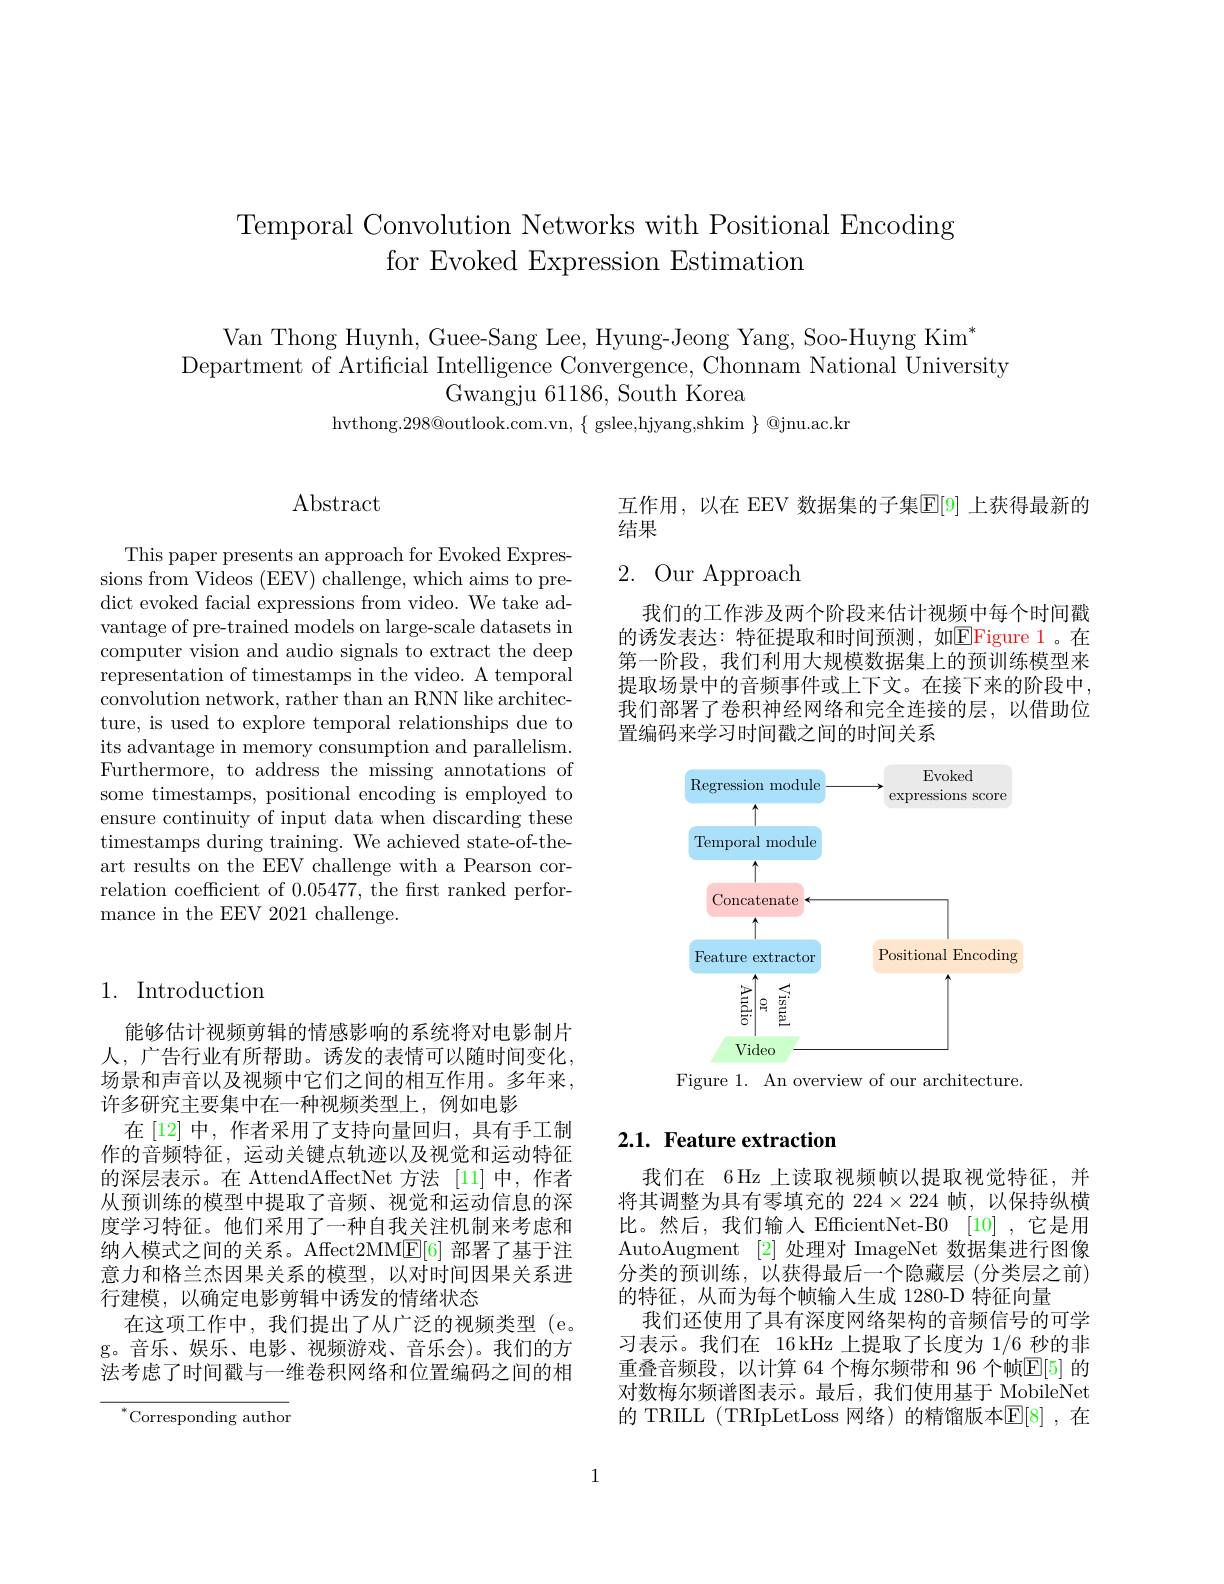
# Temporal Convolution Networks with Positional Encoding for Evoked Expression Estimation

Van Thong Huynh, Guee-Sang Lee, Hyung-Jeong Yang, Soo-Huyng Kim$^*$
Department of Artificial Intelligence Convergence, Chonnam National University
Gwangju 61186,South Korea
hvthong.298@outlook.com.vn, $\{$ gslee,hjyang,shkim $\}$ @jnu.ac.kr

## Abstract

This paper presents an approach for Evoked Expressions from Videos (EEV) challenge, which aims to predict evoked facial expressions from video. We take advantage of pre-trained models on large-scale datasets in computer vision and audio signals to extract the deep representation of timestamps in the video. A temporal convolution network, rather than an RNN like architecture, is used to explore temporal relationships due to its advantage in memory consumption and parallelism. Furthermore, to address the missing annotations of some timestamps, positional encoding is employed to ensure continuity of input data when discarding these timestamps during training. We achieved state-of-theart results on the EEV challenge with a Pearson correlation coefficient of 0.05477, the first ranked performance in the EEV 2021 challenge.

## 1. Introduction

能够估计视频剪辑的情感影响的系统将对电影制片人，广告行业有所帮助。诱发的表情可以随时间变化， 场景和声音以及视频中它们之间的相互作用。多年来， 许多研究主要集中在一种视频类型上，例如电影
在[12] 中，作者采用了支持向量回归，具有手工制作的音频特征，运动关键点轨迹以及视觉和运动特征的深层表示。在 AttendAffectNet 方法 [11]中，作者从预训练的模型中提取了音频、视觉和运动信息的深度学习特征。他们采用了一种自我关注机制来考虑和纳人模式之间的关系。Affect2MME[6] 部署了基于注意力和格兰杰因果关系的模型，以对时间因果关系进行建模，以确定电影剪辑中诱发的情绪状态
在这项工作中，我们提出了从广泛的视频类型(e。g。音乐、娱乐、电影、视频游戏、音乐会)。我们的方法考虑了时间戳与一维卷积网络和位置编码之间的相

${}^{*}$Corresponding author

互作用，以在 EEV 数据集的子集$\mathbb{E}[9]$ 上获得最新的
结果

## 2. Our Approach

我们的工作涉及两个阶段来估计视频中每个时间戳的诱发表达：特征提取和时间预测，如EFigure 1。在第一阶段，我们利用大规模数据集上的预训练模型来提取场景中的音频事件或上下文。在接下来的阶段中， 我们部署了卷积神经网络和完全连接的层，以借助位置编码来学习时间戳之间的时间关系

<FigureHere>

Figure 1. An overview of our architecture.

## 2.1. Feature extraction

我们在 6 Hz 上读取视频帧以提取视觉特征，并将其调整为具有零填充的$224\times224$帧，以保持纵横比。然后，我们输入 EfficientNet-B0 [10] ,它是用AutoAugment [2] 处理对 ImageNet 数据集进行图像分类的预训练，以获得最后一个隐藏层(分类层之前) 的特征，从而为每个帧输人生成 1280-D 特征向量
我们还使用了具有深度网络架构的音频信号的可学习表示。我们在 16 kHz 上提取了长度为 1/6 秒的非重叠音频段，以计算 64 个梅尔频带和 96 个帧$\mathbb{E}[5]$ 的对数梅尔频谱图表示。最后，我们使用基于 MobileNet 的 TRILL(TRIpLetLoss 网络)的精馏版本$\mathbb{E}[8]$,在

1